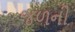
જળની